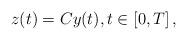
LaTeX: \begin{align*}z(t) = C y(t), t \in [0,T] \, ,\end{align*}